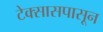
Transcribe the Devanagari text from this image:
टेक्सासपासून